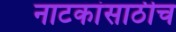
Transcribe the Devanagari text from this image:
नाटकांसाठीच